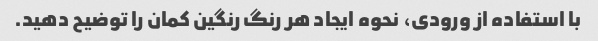
با استفاده از ورودی، نحوه ایجاد هر رنگ رنگین کمان را توضیح دهید.